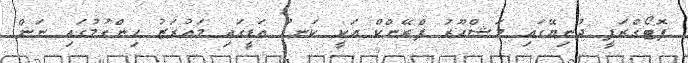
ފޮޓޯގްރަފީ ދުނިޔޭގައި މަޝްހޫރު ފްރޭންކް އަކީ ކަނޑު އަޑީގައި މައުރަޒު ހިންގުމުގައި ނަން